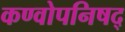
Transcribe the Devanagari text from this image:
कण्वोपनिषद्‌